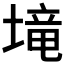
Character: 𡏡